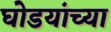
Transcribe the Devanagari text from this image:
घोडयांच्या